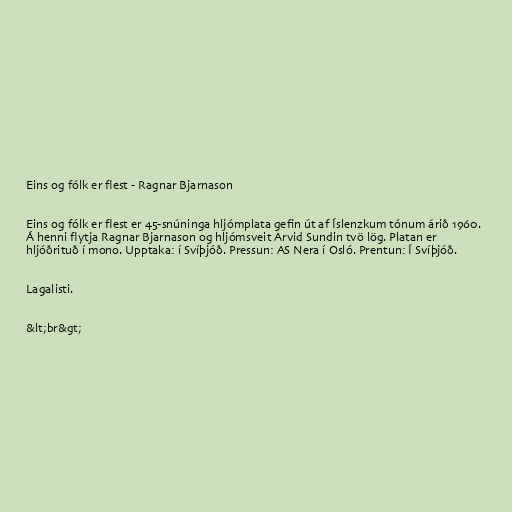
Eins og fólk er flest - Ragnar Bjarnason

Eins og fólk er flest er 45-snúninga hljómplata gefin út af Íslenzkum tónum árið 1960.
Á henni flytja Ragnar Bjarnason og hljómsveit Arvid Sundin tvö lög. Platan er
hljóðrituð í mono. Upptaka: í Svíþjóð. Pressun: AS Nera í Osló. Prentun: Í Svíþjóð.

Lagalisti.

&lt;br&gt;